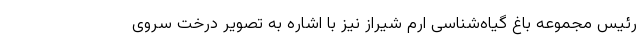
رئیس مجموعه باغ گیاه‌شناسی ارم شیراز نیز با اشاره به تصویر درخت سروی